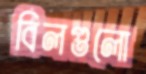
বিলগুলো